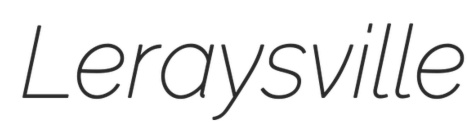
Leraysville